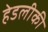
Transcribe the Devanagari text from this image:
हेडलीकी